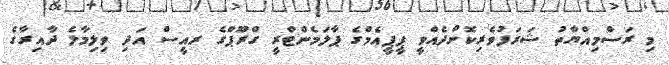
މި ރަސްމިއްޔާތު ޝަރަފުވެރިކޮށްދެއްވީ ޕީޕީއެމްގެ ޕާލަމެންޓްރީ ގްރޫޕްގެ ރއީސް އަދި ވިލިމާލެ ދާއިރާގެ